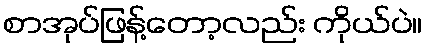
စာအုပ်ဖြန့်တော့လည်း ကိုယ်ပဲ။